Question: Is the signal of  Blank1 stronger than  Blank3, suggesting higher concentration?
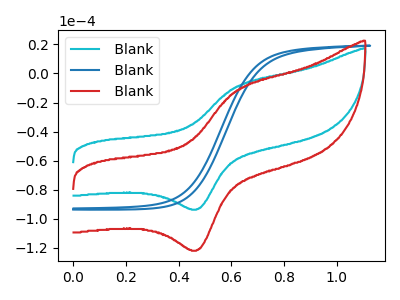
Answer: <think>The cyan curve " Blank1" has an anodic peak at (0.60V, -8.95uA) and a cathodic peak at (0.45V, -93.35uA). The blue curve " Blank2" has no peaks. The red curve " Blank3" has an anodic peak at (0.60V, -11.65uA) and a cathodic peak at (0.45V, -121.45uA).
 All the peaks in " Blank1" have a peak in " Blank3" at the same potential.</think>
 <answer>I cant tell if " Blank1" or " Blank3" has higher concentration.</answer>
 <eval>mixed_concentration</eval>